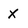
Character: X